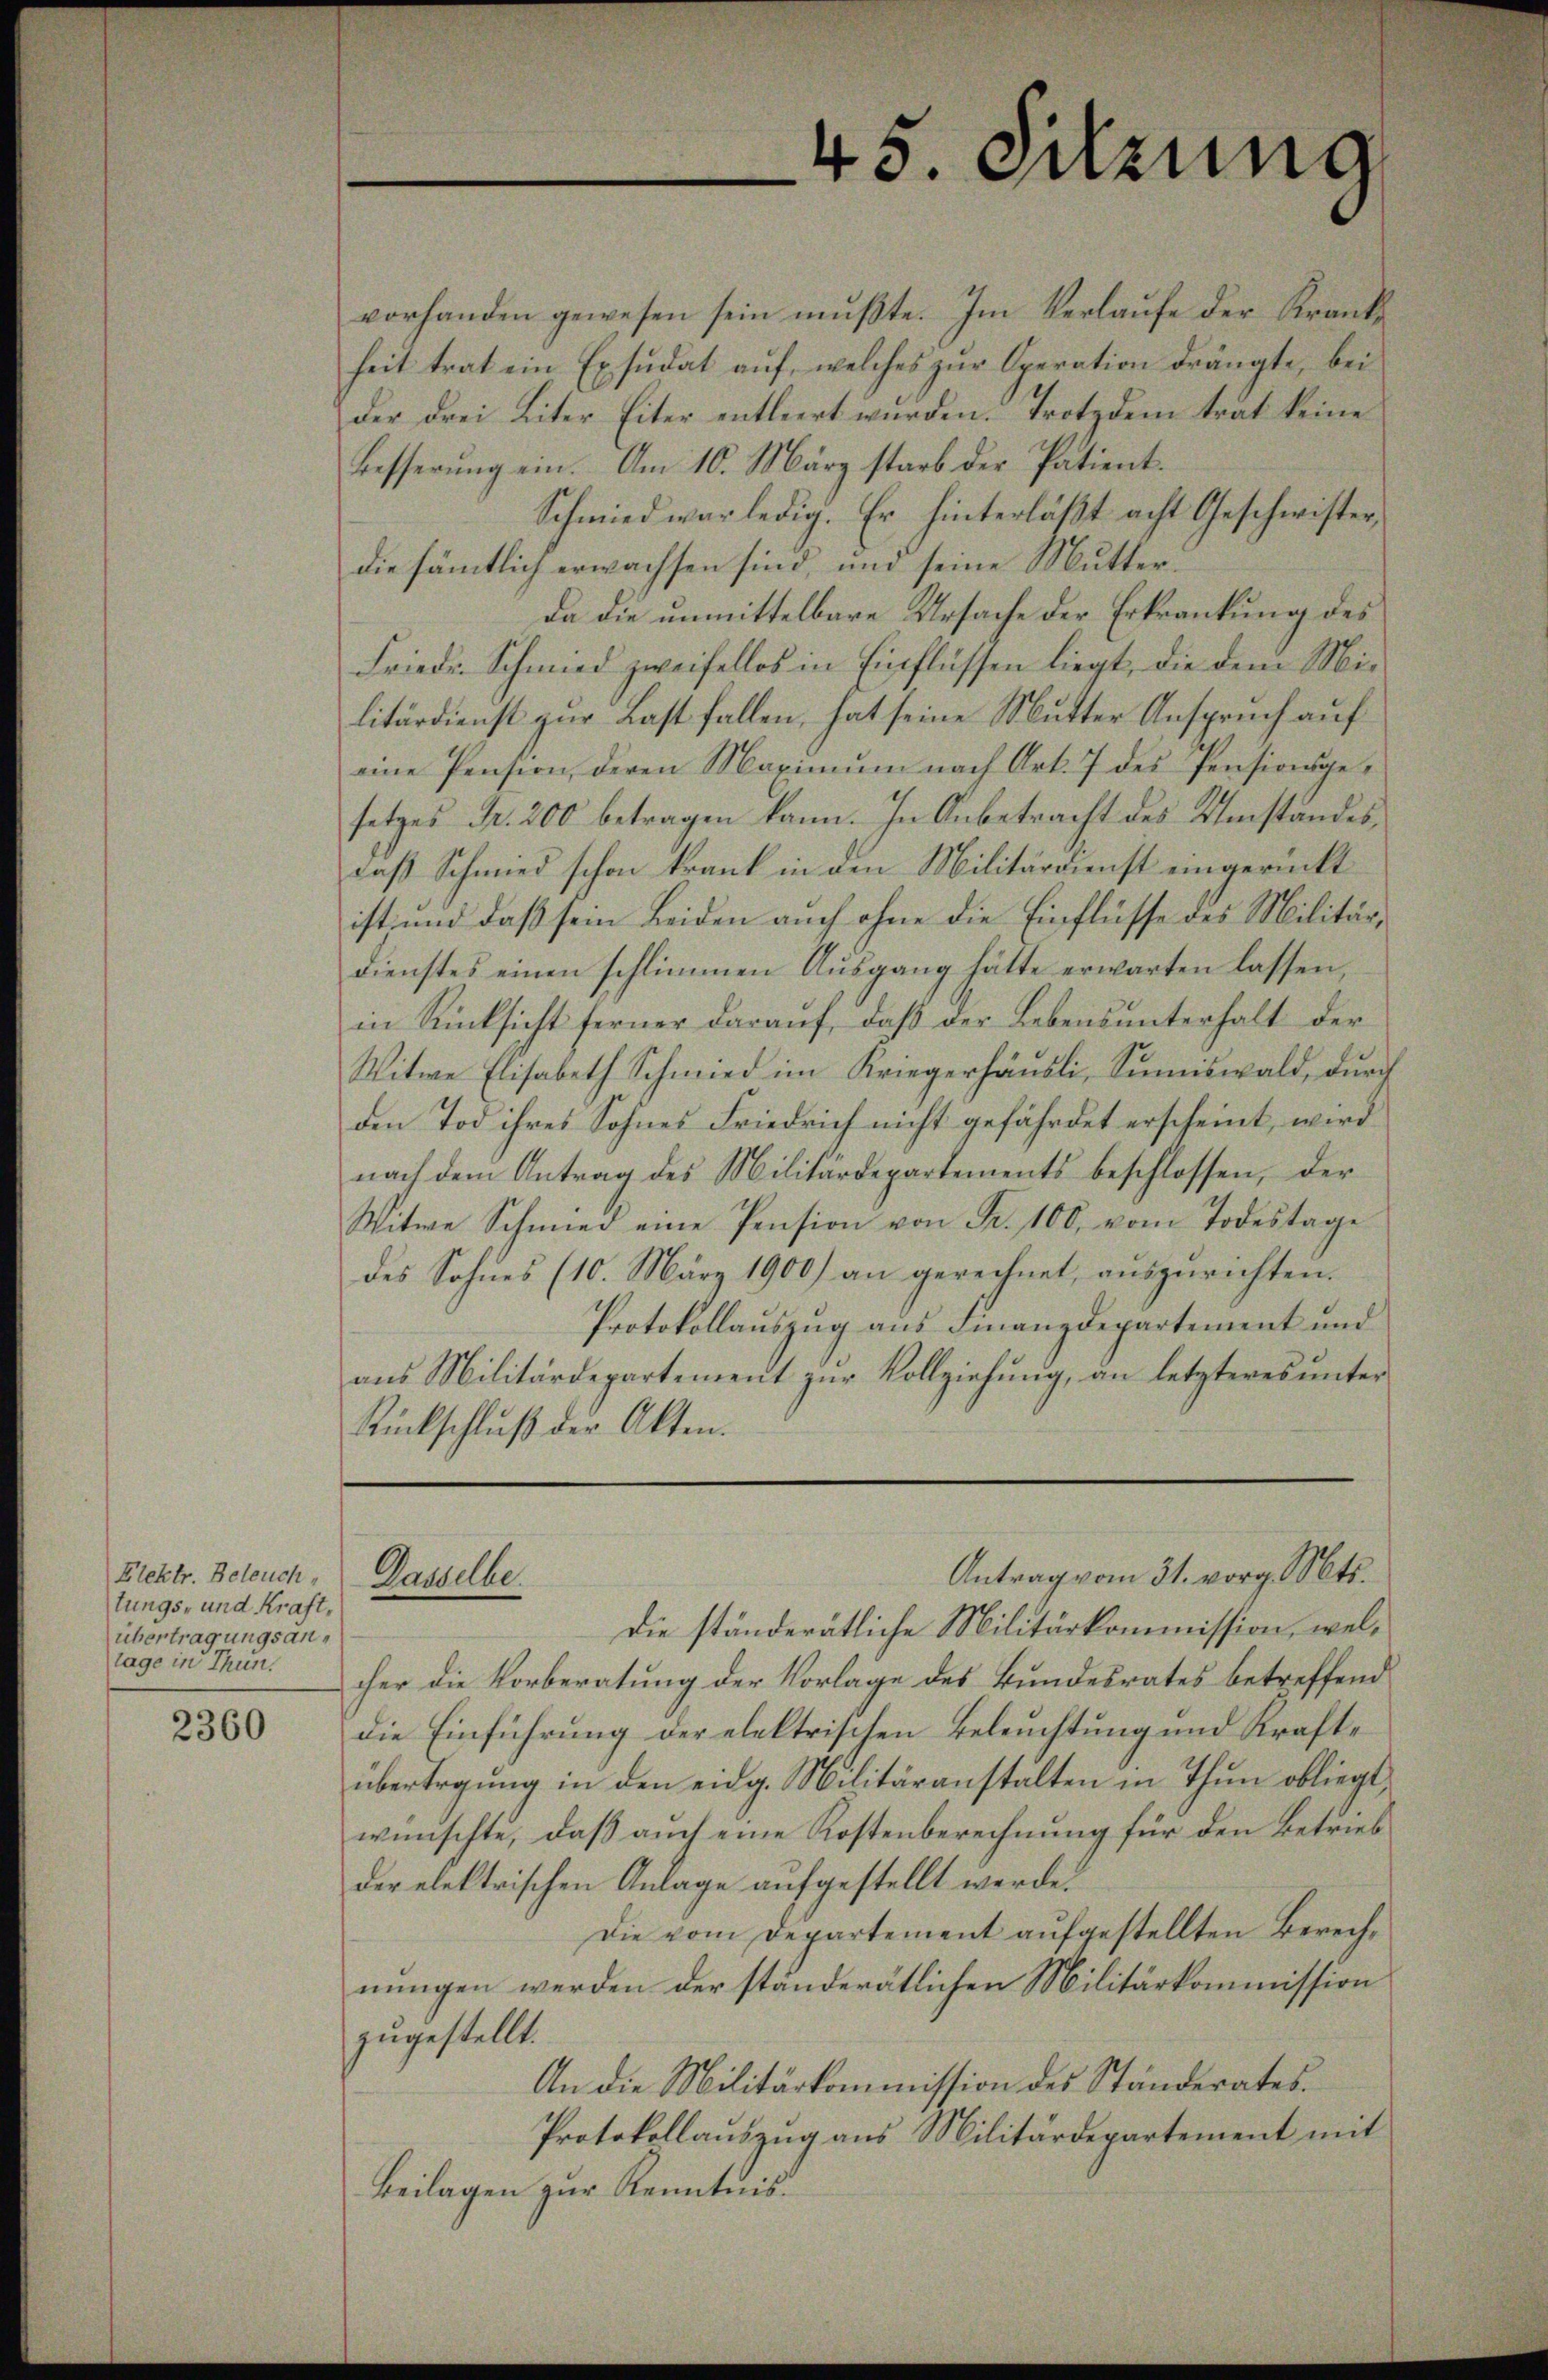
Flektr. Beleuch,
tungs- und Kraft,
übertragungsantage in Thun.

2360

vorhanden gewesen sein mŭβte. Im Verlaŭfe der Kranke
heit trat ein Exsudat auf, welches zur Operation drängte, bei
Der drei Liter Eiter entleert wurden. Trotzdem trat keine
Besserŭng ein. Am 10. März starb der Patient.
Schmied war ledig. Er hinterläßt acht Geschwister,
die sämmtlich erwachsen sind, und seine Mutter¬
Da die unmittelbare Ursache der Erkrankung des
Friedr. Schmied zweifellos in Einflüssen liegt, die dem Mi-
litärdienst zur Last fallen, hat seine Nutter Anspruch auf
eine Pension, deren Maximŭm nach Art. 7 des Pensionsgesetzes Fr. 200 betragen kann. In Anbetracht des Umständes,
daß Schmied schon krank in den Militärdienst eingerückt
ist und daß sein Leiden auch ohne die Einflüsse des Militärdienstes einen schlimmen Ausgang hätte erwarten lassen,
in Rücksicht ferner daraŭf, daβ der Lebensunterhalt der
Witwe Elisabeth Schmied im Kriegerhäusli, Summiswald, durch
den Tod ihres Sohnes Friedrich nicht gefährdet erscheint, wird
nach dem Antrag des Militärdepartements beschlossen, der
Witwe Schmied eine Pension von Fr. 100, vom Todestage
des Sohnes (10. März 1900) an gerechnet, auszurichten.
Protokollauszug aus Finanzdepartement und
aus Militärdepartement zur Vollziehung, an letzteres unter¬
Rückschlŭβ der Akten.

Die ständerätliche Militärkommission, welcher die Vorberatung der Vorlage des Bundesrates betreffend
die Einführung der elektrischen Beleuchtung und Kraftübertregung in den eidg. Militäranstalten in Thun obliegt,
wünschte, daß auch eine Kostenberechnung für den Betrieb
der elektrischen Anlage aufgestellt werde.
Die vom Departement aufgestellten Berechnungen werden der ständerätlichen Militärkommission
zugestellt.
An die Militärkommission des Ständerates.
Protokollauszug aus Militärdepartement mit
Beilagen zur Kenntnis.

45. Sitzung

Antrag vom 31. vorg. Mts.
Dawelle